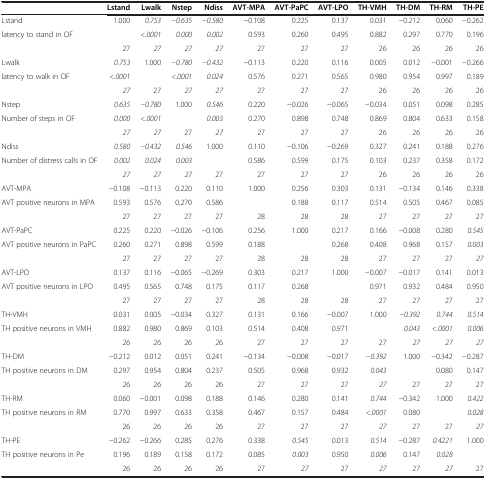
<table><thead><tr><td>[EMPTY_CELL]</td><td><b>Lstand</b></td><td><b>Lwalk</b></td><td><b>Nstep</b></td><td><b>Ndiss</b></td><td><b>AVT-MPA</b></td><td><b>AVT-PaPC</b></td><td><b>AVT-LPO</b></td><td><b>TH-VMH</b></td><td><b>TH-DM</b></td><td><b>TH-RM</b></td><td><b>TH-PE</b></td></tr></thead><tbody><tr><td>Lstand</td><td>1.000</td><td><i>0.753</i></td><td><i>-0.635</i></td><td><i>-0.580</i></td><td>-0.108</td><td>0.225</td><td>0.137</td><td>0.031</td><td>-0.212</td><td>0.060</td><td>-0.262</td></tr><tr><td>latency to stand in OF</td><td>[EMPTY_CELL]</td><td><i>&lt;.0001</i></td><td><i>0.000</i></td><td><i>0.002</i></td><td>0.593</td><td>0.260</td><td>0.495</td><td>0.882</td><td>0.297</td><td>0.770</td><td>0.196</td></tr><tr><td>[EMPTY_CELL]</td><td>27</td><td><i>27</i></td><td><i>27</i></td><td><i>27</i></td><td>27</td><td>27</td><td>27</td><td>26</td><td>26</td><td>26</td><td>26</td></tr><tr><td>Lwalk</td><td><i>0.753</i></td><td>1.000</td><td><i>-0.780</i></td><td><i>-0.432</i></td><td>-0.113</td><td>0.220</td><td>0.116</td><td>0.005</td><td>0.012</td><td>-0.001</td><td>-0.266</td></tr><tr><td>latency to walk in OF</td><td><i>&lt;.0001</i></td><td>[EMPTY_CELL]</td><td><i>&lt;.0001</i></td><td><i>0.024</i></td><td>0.576</td><td>0.271</td><td>0.565</td><td>0.980</td><td>0.954</td><td>0.997</td><td>0.189</td></tr><tr><td>[EMPTY_CELL]</td><td><i>27</i></td><td>27</td><td><i>27</i></td><td><i>27</i></td><td>27</td><td>27</td><td>27</td><td>26</td><td>26</td><td>26</td><td>26</td></tr><tr><td>Nstep</td><td><i>0.635</i></td><td><i>-0.780</i></td><td>1.000</td><td><i>0.546</i></td><td>0.220</td><td>-0.026</td><td>-0.065</td><td>-0.034</td><td>0.051</td><td>0.098</td><td>0.285</td></tr><tr><td>Number of steps in OF</td><td><i>0.000</i></td><td><i>&lt;.0001</i></td><td>[EMPTY_CELL]</td><td><i>0.003</i></td><td>0.270</td><td>0.898</td><td>0.748</td><td>0.869</td><td>0.804</td><td>0.633</td><td>0.158</td></tr><tr><td>[EMPTY_CELL]</td><td><i>27</i></td><td><i>27</i></td><td>27</td><td><i>27</i></td><td>27</td><td>27</td><td>27</td><td>26</td><td>26</td><td>26</td><td>26</td></tr><tr><td>Ndiss</td><td><i>0.580</i></td><td><i>-0.432</i></td><td><i>0.546</i></td><td>1.000</td><td>0.110</td><td>-0.106</td><td>-0.269</td><td>0.327</td><td>0.241</td><td>0.188</td><td>0.276</td></tr><tr><td>Number of distress calls in OF</td><td><i>0.002</i></td><td><i>0.024</i></td><td><i>0.003</i></td><td>[EMPTY_CELL]</td><td>0.586</td><td>0.599</td><td>0.175</td><td>0.103</td><td>0.237</td><td>0.358</td><td>0.172</td></tr><tr><td>[EMPTY_CELL]</td><td><i>27</i></td><td><i>27</i></td><td><i>27</i></td><td>27</td><td>27</td><td>27</td><td>27</td><td>26</td><td>26</td><td>26</td><td>26</td></tr><tr><td>AVT-MPA</td><td>-0.108</td><td>-0.113</td><td>0.220</td><td>0.110</td><td>1.000</td><td>0.256</td><td>0.303</td><td>0.131</td><td>-0.134</td><td>0.146</td><td>0.338</td></tr><tr><td>AVT positive neurons in MPA</td><td>0.593</td><td>0.576</td><td>0.270</td><td>0.586</td><td>[EMPTY_CELL]</td><td>0.188</td><td>0.117</td><td>0.514</td><td>0.505</td><td>0.467</td><td>0.085</td></tr><tr><td>[EMPTY_CELL]</td><td>27</td><td>27</td><td>27</td><td>27</td><td>28</td><td>28</td><td>28</td><td>27</td><td>27</td><td>27</td><td>27</td></tr><tr><td>AVT-PaPC</td><td>0.225</td><td>0.220</td><td>-0.026</td><td>-0.106</td><td>0.256</td><td>1.000</td><td>0.217</td><td>0.166</td><td>-0.008</td><td>0.280</td><td><i>0.545</i></td></tr><tr><td>AVT positive neurons in PaPC</td><td>0.260</td><td>0.271</td><td>0.898</td><td>0.599</td><td>0.188</td><td>[EMPTY_CELL]</td><td>0.268</td><td>0.408</td><td>0.968</td><td>0.157</td><td><i>0.003</i></td></tr><tr><td>[EMPTY_CELL]</td><td>27</td><td>27</td><td>27</td><td>27</td><td>28</td><td>28</td><td>28</td><td>27</td><td>27</td><td>27</td><td><i>27</i></td></tr><tr><td>AVT-LPO</td><td>0.137</td><td>0.116</td><td>-0.065</td><td>-0.269</td><td>0.303</td><td>0.217</td><td>1.000</td><td>-0.007</td><td>-0.017</td><td>0.141</td><td>0.013</td></tr><tr><td>AVT positive neurons in LPO</td><td>0.495</td><td>0.565</td><td>0.748</td><td>0.175</td><td>0.117</td><td>0.268</td><td>[EMPTY_CELL]</td><td>0.971</td><td>0.932</td><td>0.484</td><td>0.950</td></tr><tr><td>[EMPTY_CELL]</td><td>27</td><td>27</td><td>27</td><td>27</td><td>28</td><td>28</td><td>28</td><td>27</td><td>27</td><td>27</td><td>27</td></tr><tr><td>TH-VMH</td><td>0.031</td><td>0.005</td><td>-0.034</td><td>0.327</td><td>0.131</td><td>0.166</td><td>-0.007</td><td>1.000</td><td><i>-0.392</i></td><td><i>0.744</i></td><td><i>0.514</i></td></tr><tr><td>TH positive neurons in VMH</td><td>0.882</td><td>0.980</td><td>0.869</td><td>0.103</td><td>0.514</td><td>0.408</td><td>0.971</td><td>[EMPTY_CELL]</td><td><i>0.043</i></td><td><i>&lt;.0001</i></td><td><i>0.006</i></td></tr><tr><td>[EMPTY_CELL]</td><td>26</td><td>26</td><td>26</td><td>26</td><td>27</td><td>27</td><td>27</td><td>27</td><td><i>27</i></td><td><i>27</i></td><td><i>27</i></td></tr><tr><td>TH-DM</td><td>-0.212</td><td>0.012</td><td>0.051</td><td>0.241</td><td>-0.134</td><td>-0.008</td><td>-0.017</td><td><i>-0.392</i></td><td>1.000</td><td>-0.342</td><td>-0.287</td></tr><tr><td>TH positive neurons in DM</td><td>0.297</td><td>0.954</td><td>0.804</td><td>0.237</td><td>0.505</td><td>0.968</td><td>0.932</td><td><i>0.043</i></td><td>[EMPTY_CELL]</td><td>0.080</td><td>0.147</td></tr><tr><td>[EMPTY_CELL]</td><td>26</td><td>26</td><td>26</td><td>26</td><td>27</td><td>27</td><td>27</td><td><i>27</i></td><td>27</td><td>27</td><td>27</td></tr><tr><td>TH-RM</td><td>0.060</td><td>-0.001</td><td>0.098</td><td>0.188</td><td>0.146</td><td>0.280</td><td>0.141</td><td><i>0.744</i></td><td>-0.342</td><td>1.000</td><td><i>0.422</i></td></tr><tr><td>TH positive neurons in RM</td><td>0.770</td><td>0.997</td><td>0.633</td><td>0.358</td><td>0.467</td><td>0.157</td><td>0.484</td><td><i>&lt;.0001</i></td><td>0.080</td><td>[EMPTY_CELL]</td><td><i>0.028</i></td></tr><tr><td>[EMPTY_CELL]</td><td>26</td><td>26</td><td>26</td><td>26</td><td>27</td><td>27</td><td>27</td><td><i>27</i></td><td>27</td><td>27</td><td><i>27</i></td></tr><tr><td>TH-PE</td><td>-0.262</td><td>-0.266</td><td>0.285</td><td>0.276</td><td>0.338</td><td><i>0.545</i></td><td>0.013</td><td><i>0.514</i></td><td>-0.287</td><td><i>0.4221</i></td><td>1.000</td></tr><tr><td>TH positive neurons in Pe</td><td>0.196</td><td>0.189</td><td>0.158</td><td>0.172</td><td>0.085</td><td><i>0.003</i></td><td>0.950</td><td><i>0.006</i></td><td>0.147</td><td><i>0.028</i></td><td>[EMPTY_CELL]</td></tr><tr><td>[EMPTY_CELL]</td><td>26</td><td>26</td><td>26</td><td>26</td><td>27</td><td><i>27</i></td><td>27</td><td><i>27</i></td><td>27</td><td><i>27</i></td><td>27</td></tr></tbody></table>